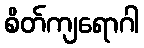
စိတ်ကျရောဂါ